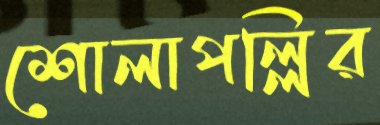
শোলাপল্লির